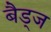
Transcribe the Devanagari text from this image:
बैड्ज